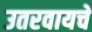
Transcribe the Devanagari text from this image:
उतरवायचे